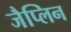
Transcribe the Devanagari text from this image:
जैप्लिन